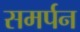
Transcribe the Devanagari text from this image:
समर्पन